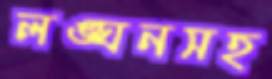
লঙ্ঘনসহ